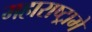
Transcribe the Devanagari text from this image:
महाराष्ट्रामे